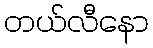
တယ်လီနော